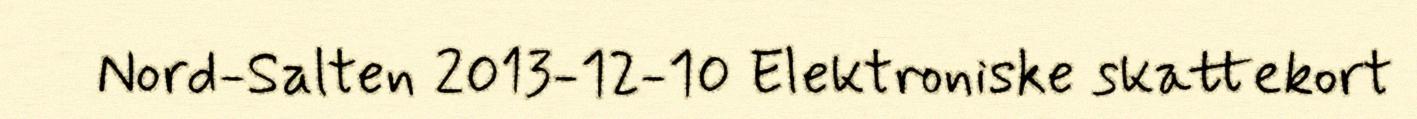
Nord-Salten 2013-12-10 Elektroniske skattekort